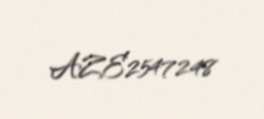
AZE2547248